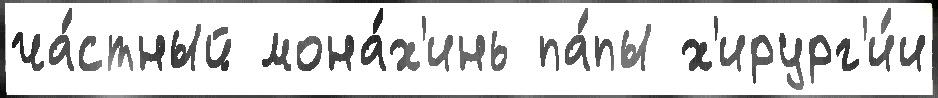
ча́стный мона́х'инь па́пы х'ирург'и́и